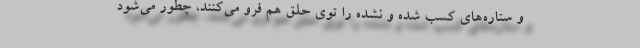
و ستاره‌های کسب شده و نشده را توی حلق هم فرو می‌کنند، چطور می‌شود